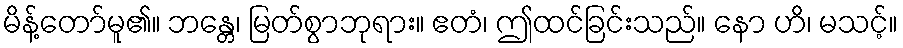
မိန့်တော်မူ၏။ ဘန္တေ၊ မြတ်စွာဘုရား။ ဧတံ၊ ဤထင်ခြင်းသည်။ နော ဟိ၊ မသင့်။